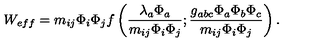
W _ { e f f } = m _ { i j } \Phi _ { i } \Phi _ { j } f \left( \frac { \lambda _ { a } \Phi _ { a } } { m _ { i j } \Phi _ { i } \Phi _ { j } } ; \frac { g _ { a b c } \Phi _ { a } \Phi _ { b } \Phi _ { c } } { m _ { i j } \Phi _ { i } \Phi _ { j } } \right) .